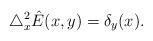
LaTeX: \begin{align*}\triangle^2_x\hat{E}(x,y)=\delta_y(x).\end{align*}